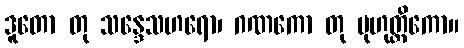
ဒူတော တု သန္ဒေသဟရော၊ ဂဏကော တု မုဟုတ္တိကော။